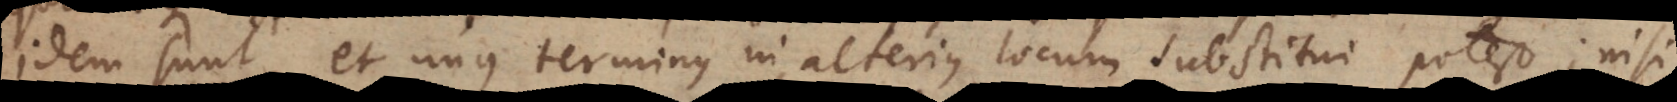
idem sunt, et unus terminus in alterius locum substitui potest; nisi